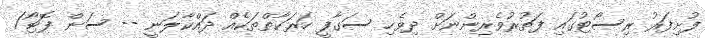
ފުށިފަރު ރިސޯޓުގައި ފަތުރުވެރިންނަށް ދިވެހި ސަގާފީ ހަރަކާތްތަކެއް ދައްކާލަނީ -- ސަން ފޮޓޯ/